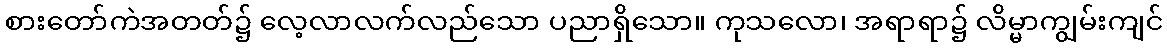
စားတော်ကဲအတတ်၌ လေ့လာလက်လည်သော ပညာရှိသော။ ကုသလော၊ အရာရာ၌ လိမ္မာကျွမ်းကျင်